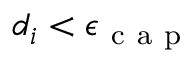
d _ { i } < \epsilon _ { \mathrm { ~ c ~ a ~ p ~ } }